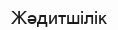
Жәдитшілік